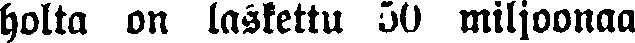
holta on laskettu 50 miljoonaa